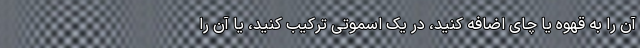
آن را به قهوه یا چای اضافه کنید، در یک اسموتی ترکیب کنید، یا آن را